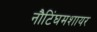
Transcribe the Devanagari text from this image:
नौटिंघमशायर